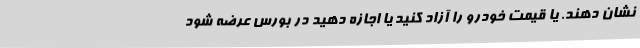
نشان دهند. یا قیمت خودرو را آزاد کنید یا اجازه دهید در بورس عرضه شود